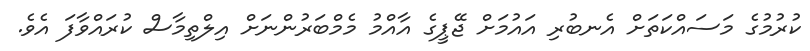
ކުރުމުގެ މަސައްކަތަށް އެނބުރި އައުމަށް ޖޭޕީގެ އާއްމު މެމްބަރުންނަށް އިލްތިމާސް ކުރައްވާފަ އެވެ.